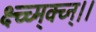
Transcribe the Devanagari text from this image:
क्ष्च्च्म्क्च्न्।।